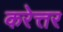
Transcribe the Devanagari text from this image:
करेत्तर